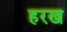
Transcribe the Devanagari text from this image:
हरख